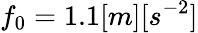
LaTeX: f_{0}=1.1[m][s^{-2}]